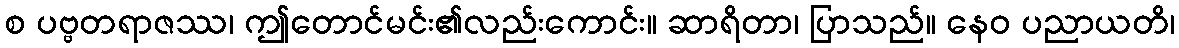
စ ပဗ္ဗတရာဇဿ၊ ဤတောင်မင်း၏လည်းကောင်း။ ဆာရိတာ၊ ပြာသည်။ နေဝ ပညာယတိ၊